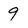
Character: 9